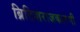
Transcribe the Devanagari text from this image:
ब्रिटिशराजकारणी